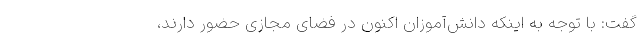
گفت: با توجه به اینکه دانش‌آموزان اکنون در فضای مجازی حضور دارند،